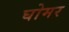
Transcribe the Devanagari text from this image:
घोमर